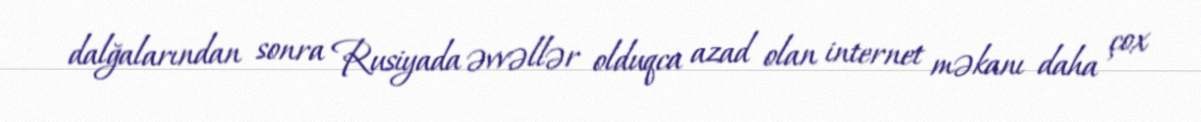
dalğalarından sonra Rusiyada əvvəllər olduqca azad olan internet məkanı daha çox